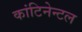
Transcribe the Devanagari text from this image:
कांटिनेन्टल